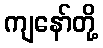
ကျနော်တို့